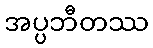
အပ္ပဘီတဿ